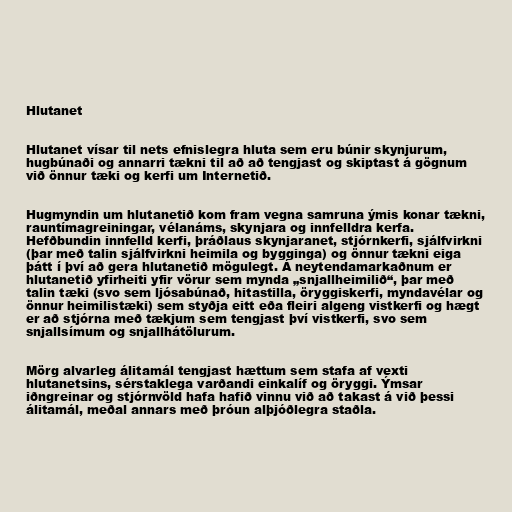
Hlutanet

Hlutanet vísar til nets efnislegra hluta sem eru búnir skynjurum,
hugbúnaði og annarri tækni til að að tengjast og skiptast á gögnum
við önnur tæki og kerfi um Internetið.

Hugmyndin um hlutanetið kom fram vegna samruna ýmis konar tækni,
rauntímagreiningar, vélanáms, skynjara og innfelldra kerfa.
Hefðbundin innfelld kerfi, þráðlaus skynjaranet, stjórnkerfi, sjálfvirkni
(þar með talin sjálfvirkni heimila og bygginga) og önnur tækni eiga
þátt í því að gera hlutanetið mögulegt. Á neytendamarkaðnum er
hlutanetið yfirheiti yfir vörur sem mynda „snjallheimilið“, þar með
talin tæki (svo sem ljósabúnað, hitastilla, öryggiskerfi, myndavélar og
önnur heimilistæki) sem styðja eitt eða fleiri algeng vistkerfi og hægt
er að stjórna með tækjum sem tengjast því vistkerfi, svo sem
snjallsímum og snjallhátölurum.

Mörg alvarleg álitamál tengjast hættum sem stafa af vexti
hlutanetsins, sérstaklega varðandi einkalíf og öryggi. Ýmsar
iðngreinar og stjórnvöld hafa hafið vinnu við að takast á við þessi
álitamál, meðal annars með þróun alþjóðlegra staðla.